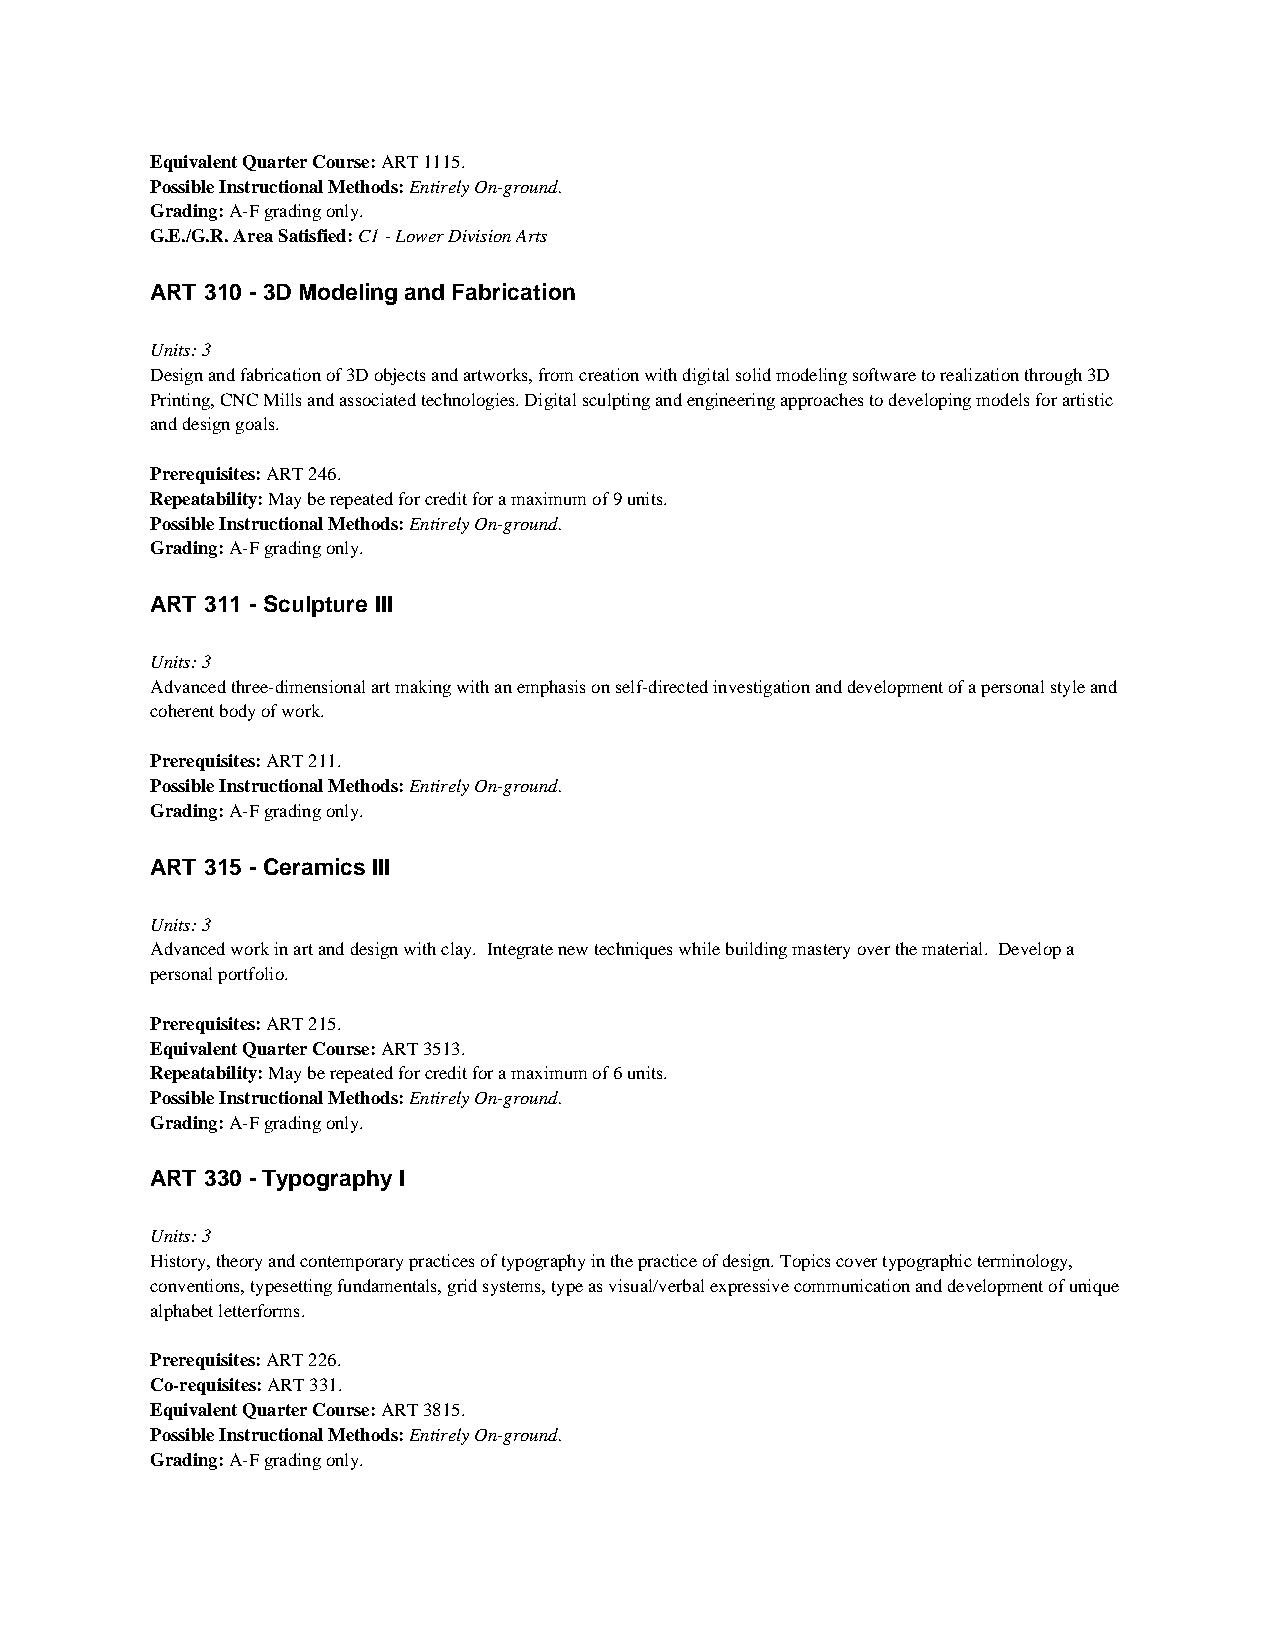
Equivalent Quarter Course: ART 1115.
 Possible Instructional Methods: Entirely On-ground.
 Grading: A-F grading only.
 G.E./G.R. Area Satisfied: C1 - Lower Division Arts
 ART 310 - 3D Modeling and Fabrication
 Units: 3
 Design and fabrication of 3D objects and artworks, from creation with digital solid modeling software to realization through 3D
 Printing, CNC Mills and associated technologies. Digital sculpting and engineering approaches to developing models for artistic
 and design goals.
 Prerequisites: ART 246.
 Repeatability: May be repeated for credit for a maximum of 9 units.
 Possible Instructional Methods: Entirely On-ground.
 Grading: A-F grading only.
 ART 311 - Sculpture III
 Units: 3
 Advanced three-dimensional art making with an emphasis on self-directed investigation and development of a personal style and
 coherent body of work.
 Prerequisites: ART 211.
 Possible Instructional Methods: Entirely On-ground.
 Grading: A-F grading only.
 ART 315 - Ceramics III
 Units: 3
 Advanced work in art and design with clay. Integrate new techniques while building mastery over the material. Develop a
 personal portfolio.
 Prerequisites: ART 215.
 Equivalent Quarter Course: ART 3513.
 Repeatability: May be repeated for credit for a maximum of 6 units.
 Possible Instructional Methods: Entirely On-ground.
 Grading: A-F grading only.
 ART 330 - Typography I
 Units: 3
 History, theory and contemporary practices of typography in the practice of design. Topics cover typographic terminology,
 conventions, typesetting fundamentals, grid systems, type as visual/verbal expressive communication and development of unique
 alphabet letterforms.
 Prerequisites: ART 226.
 Co-requisites: ART 331.
 Equivalent Quarter Course: ART 3815.
 Possible Instructional Methods: Entirely On-ground.
 Grading: A-F grading only.